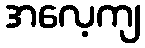
အလေ့ကျ